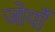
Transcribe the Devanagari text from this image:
जोयाँ